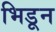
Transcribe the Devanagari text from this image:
भिडून